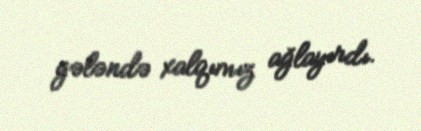
gələndə xalqımız ağlayırdı.